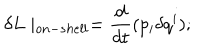
\delta L \mid _ { o n - s h e l l } = \frac { d } { d t } ( p _ { i } \delta q ^ { i } ) ;